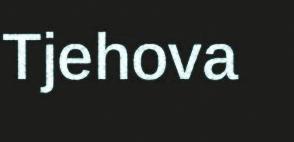
Tjehova